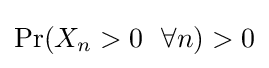
\Pr(X_{n}>0\ \ \forall n)>0